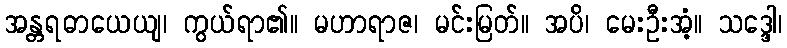
အန္တရဓာယေယျ၊ ကွယ်ရာ၏။ မဟာရာဇ၊ မင်းမြတ်။ အပိ၊ မေးဦးအံ့။ သဒ္ဒေါ၊